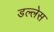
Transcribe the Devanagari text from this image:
डल्लेस